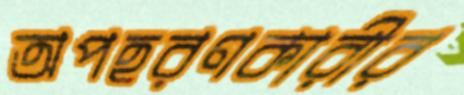
অপহরণকারীর